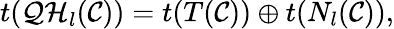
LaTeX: t({\cal QH}_{l}({\cal C}))=t(T({\cal C}))\oplus t(N_{l}({\cal C})),